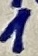
Text: 1